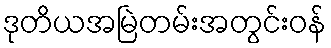
ဒုတိယအမြဲတမ်းအတွင်းဝန်